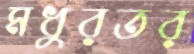
মধুরতর